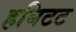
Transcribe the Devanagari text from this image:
हबिटट